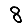
Digit: 8